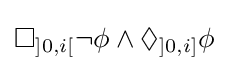
\Box _{]0,i[}\neg \phi \land \Diamond _{]0,i]}\phi